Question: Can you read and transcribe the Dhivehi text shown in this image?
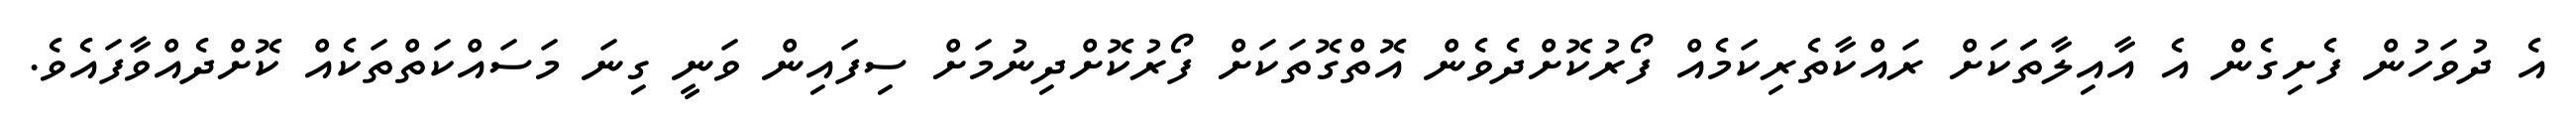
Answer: އެ ދުވަހުން ފެށިގެން އެ އާއިލާތަަކަށް ރައްކާތެރިކަމެއް ފޯރުކޮށްދެވެން އޮތްގޮތަކަށް ފޯރުކޮށްދިނުމަށް ސިފައިން ވަނީ ގިނަ މަސައްކަތްތަކެއް ކޮށްދެއްވާފައެވެ.